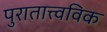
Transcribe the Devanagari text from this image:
पुरातात्त्वविक